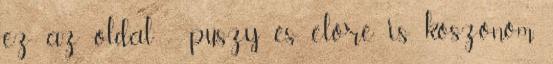
ez az oldal = puszy és előre is köszönöm.